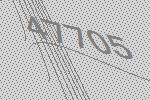
47705